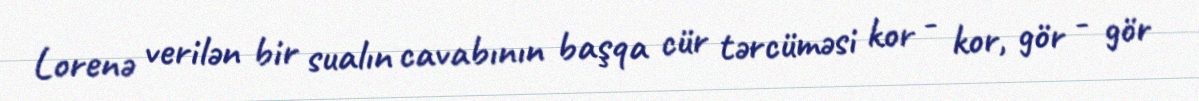
Lorenə verilən bir sualın cavabının başqa cür tərcüməsi kor - kor, gör - gör